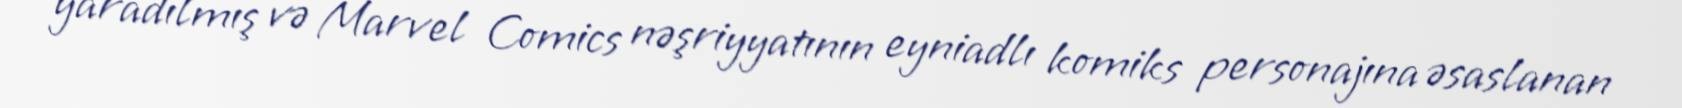
yaradılmış və Marvel Comics nəşriyyatının eyniadlı komiks personajına əsaslanan